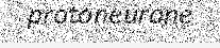
protoneurone